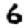
Digit: 6